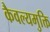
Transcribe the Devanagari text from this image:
कैवल्यमुक्ति